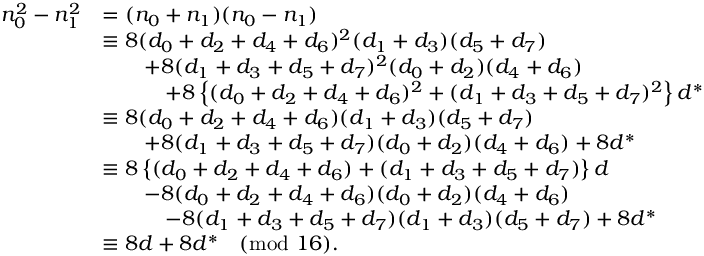
\begin{array} { r l } { n _ { 0 } ^ { 2 } - n _ { 1 } ^ { 2 } } & { = ( n _ { 0 } + n _ { 1 } ) ( n _ { 0 } - n _ { 1 } ) } \\ & { \equiv 8 ( d _ { 0 } + d _ { 2 } + d _ { 4 } + d _ { 6 } ) ^ { 2 } ( d _ { 1 } + d _ { 3 } ) ( d _ { 5 } + d _ { 7 } ) } \\ & { \qquad + 8 ( d _ { 1 } + d _ { 3 } + d _ { 5 } + d _ { 7 } ) ^ { 2 } ( d _ { 0 } + d _ { 2 } ) ( d _ { 4 } + d _ { 6 } ) } \\ & { \qquad \quad + 8 \left\{ ( d _ { 0 } + d _ { 2 } + d _ { 4 } + d _ { 6 } ) ^ { 2 } + ( d _ { 1 } + d _ { 3 } + d _ { 5 } + d _ { 7 } ) ^ { 2 } \right\} d ^ { * } } \\ & { \equiv 8 ( d _ { 0 } + d _ { 2 } + d _ { 4 } + d _ { 6 } ) ( d _ { 1 } + d _ { 3 } ) ( d _ { 5 } + d _ { 7 } ) } \\ & { \qquad + 8 ( d _ { 1 } + d _ { 3 } + d _ { 5 } + d _ { 7 } ) ( d _ { 0 } + d _ { 2 } ) ( d _ { 4 } + d _ { 6 } ) + 8 d ^ { * } } \\ & { \equiv 8 \left\{ ( d _ { 0 } + d _ { 2 } + d _ { 4 } + d _ { 6 } ) + ( d _ { 1 } + d _ { 3 } + d _ { 5 } + d _ { 7 } ) \right\} d } \\ & { \qquad - 8 ( d _ { 0 } + d _ { 2 } + d _ { 4 } + d _ { 6 } ) ( d _ { 0 } + d _ { 2 } ) ( d _ { 4 } + d _ { 6 } ) } \\ & { \qquad \quad - 8 ( d _ { 1 } + d _ { 3 } + d _ { 5 } + d _ { 7 } ) ( d _ { 1 } + d _ { 3 } ) ( d _ { 5 } + d _ { 7 } ) + 8 d ^ { * } } \\ & { \equiv 8 d + 8 d ^ { * } \pmod { 1 6 } . } \end{array}